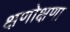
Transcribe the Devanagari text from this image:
क्षणोक्षणा